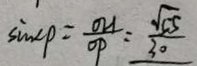
\sin c p = \frac { O H } { O P } = \frac { \sqrt { 5 5 } } { 3 0 }